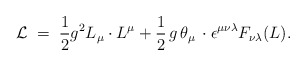
\begin{align*}{\cal L} \;=\; \frac{1}{2} g^2 L_{\mu} \cdot L^{\mu} + \frac{1}{2}\, g \, \theta_{\mu} \,\cdot \epsilon^{\mu \nu \lambda} F_{\nu \lambda} (L).\end{align*}